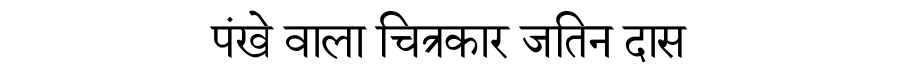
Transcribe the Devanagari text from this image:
पंखे वाला चित्रकार जतिन दास